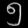
Digit: ၅